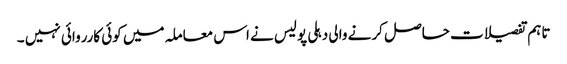
تاہم تفصیلات حاصل کرنے والی دہلی پولیس نے اس معاملہ میں کوئی کارروائی نہیں ۔